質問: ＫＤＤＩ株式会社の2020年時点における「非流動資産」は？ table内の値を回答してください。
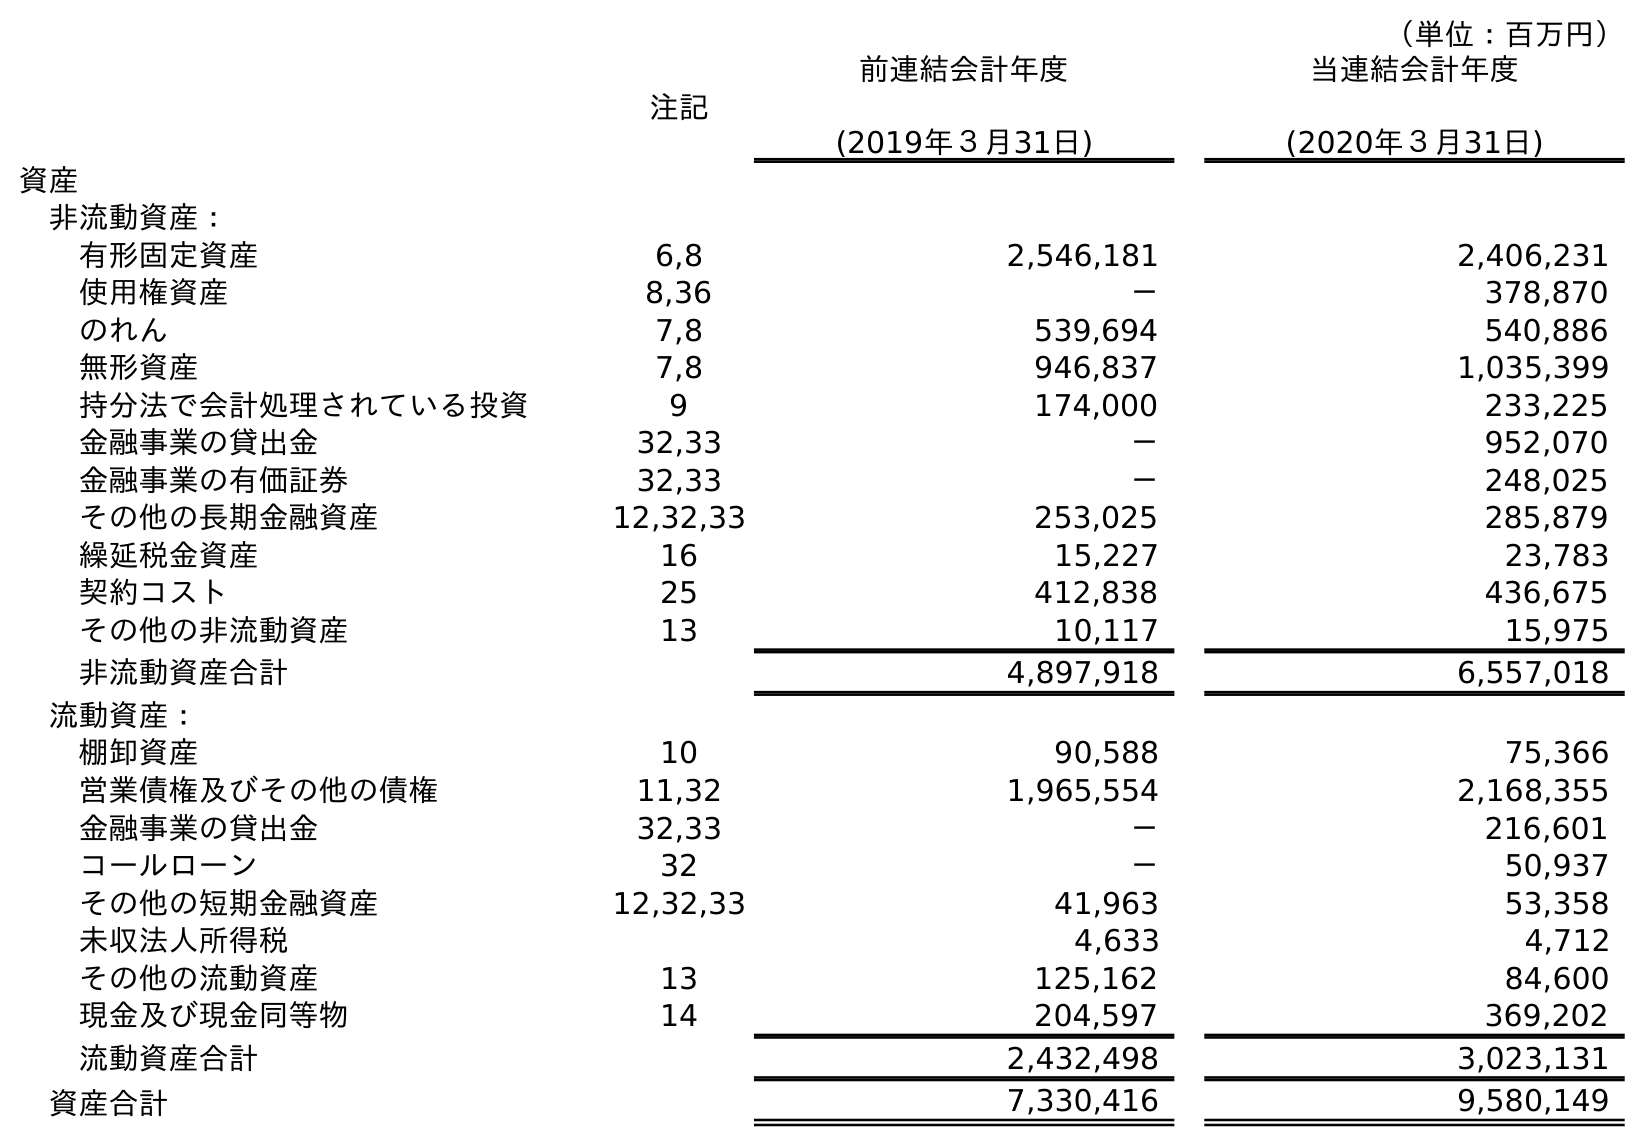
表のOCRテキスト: （単位：百万円） 注記 前連結会計年度 (2019年３月31日) 当連結会計年度 (2020年３月31日) 資産 非流動資産： 有形固定資産 6,8 2,546,181 2,406,231 使用権資産 8,36 － 378,870 のれん 7,8 539,694 540,886 無形資産 7,8 946,837 1,035,399 持分法で会計処理されている投資 9 174,000 233,225 金融事業の貸出金 32,33 － 952,070 金融事業の有価証券 32,33 － 248,025 その他の長期金融資産 12,32,33 253,025 285,879 繰延税金資産 16 15,227 23,783 契約コスト 25 412,838 436,675 その他の非流動資産 13 10,117 15,975 非流動資産合計 4,897,918 6,557,018 流動資産： 棚卸資産 10 90,588 75,366 営業債権及びその他の債権 11,32 1,965,554 2,168,355 金融事業の貸出金 32,33 － 216,601 コールローン 32 － 50,937 その他の短期金融資産 12,32,33 41,963 53,358 未収法人所得税 4,633 4,712 その他の流動資産 13 125,162 84,600 現金及び現金同等物 14 204,597 369,202 流動資産合計 2,432,498 3,023,131 資産合計 7,330,416 9,580,149
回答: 6,557,018